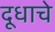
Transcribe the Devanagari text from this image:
दूधाचे